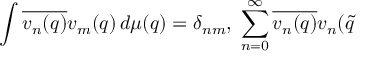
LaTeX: \int \overline { { { v _ { n } ( q ) } } } v _ { m } ( q ) \, d \mu ( q ) = \delta _ { n m } , \; \sum _ { n = 0 } ^ { \infty } \overline { { { v _ { n } ( q ) } } } v _ { n } ( \tilde { q }